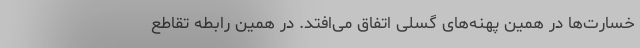
خسارت‌ها در همین پهنه‌های گسلی اتفاق می‌افتد. در همین رابطه تقاطع